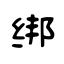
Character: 绑